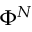
\Phi ^ { N }